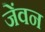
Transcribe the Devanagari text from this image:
जेंवन